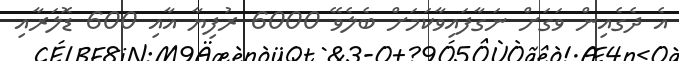
އެ ދެގެއިން ވަގަށް ނަގާފައިވާކަމަށް ބެލެވޭ 6000 ރުފިޔާ އާއި 600 ޑޮލަރާއި